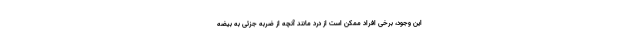
این وجود، برخی افراد ممکن است از درد مانند آنچه از ضربه جزئی به بیضه